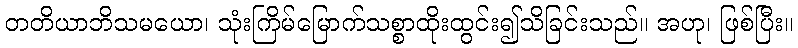
တတိယာဘိသမယော၊ သုံးကြိမ်မြောက်သစ္စာထိုးထွင်း၍သိခြင်းသည်။ အဟု၊ ဖြစ်ပြီး။